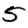
Digit: 5